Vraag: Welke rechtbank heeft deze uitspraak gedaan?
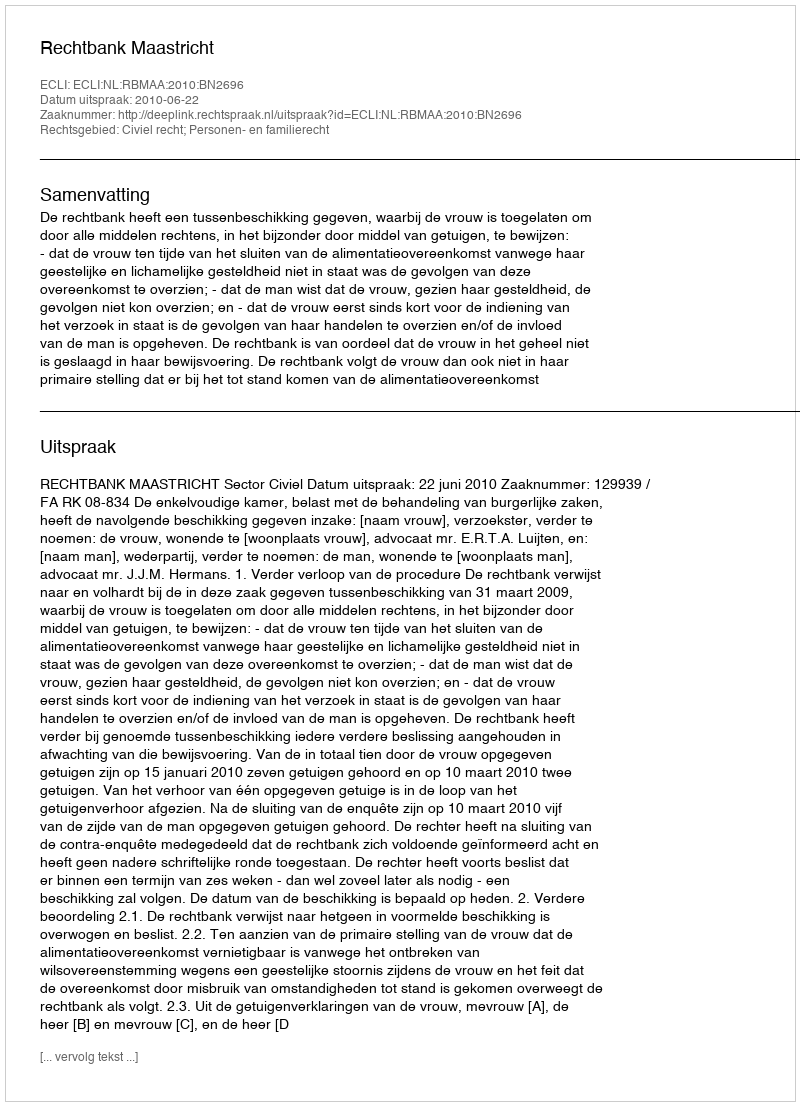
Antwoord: Rechtbank Maastricht